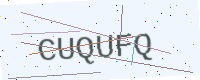
Text: CUQUFQ